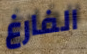
الفارغ